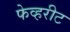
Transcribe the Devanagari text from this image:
फेव्हरीट